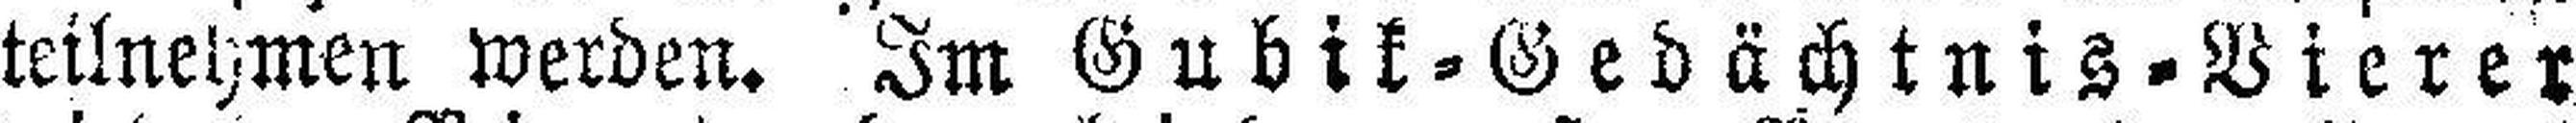
teilnehmen werden. Im Gubik=Gedächtnis=Vierer